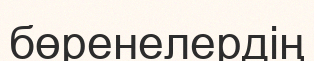
бөренелердің